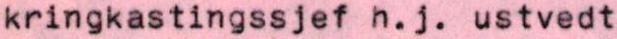
kringkastingssjef h.j. ustvedt